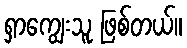
ရှာကျွေးသူ ဖြစ်တယ်။